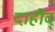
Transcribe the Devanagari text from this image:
दाहौद्